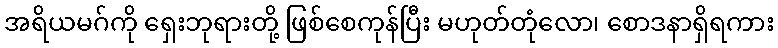
အရိယမဂ်ကို ရှေးဘုရားတို့ ဖြစ်စေကုန်ပြီး မဟုတ်တုံလော၊ စောဒနာရှိရကား